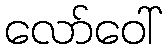
လော်ဝေါ်